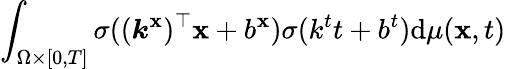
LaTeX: \int_{\Omega\times[0,T]}\sigma((\boldsymbol{k}^{\mathbf{x}})^{\top}\boldsymbol{\mathbf{x}}+b^{\mathbf{x}})\sigma(k^{t}t+b^{t})\mathrm{{d}}\mu(\boldsymbol{\mathbf{x}},t)